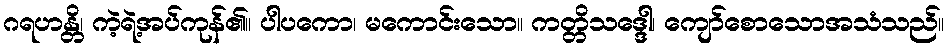
ဂရဟန္တိ၊ ကဲ့ရဲ့အပ်ကုန်၏။ ပါပကော၊ မကောင်းသော။ ကတ္တိသဒ္ဒေါ၊ ကျော်စောသောအသံသည်။